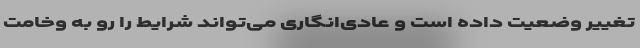
تغییر وضعیت داده است و عادی‌انگاری می‌تواند شرایط را رو به وخامت